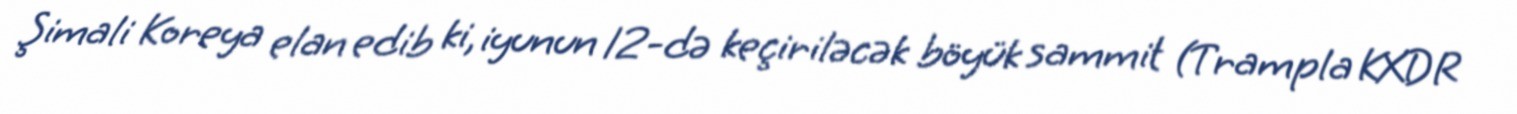
Şimali Koreya elan edib ki, iyunun 12-də keçiriləcək böyük sammit (Trampla KXDR